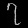
Digit: ၇